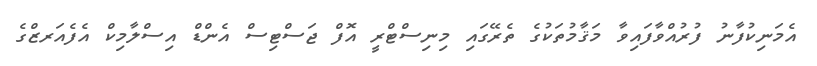
އެމަނިކުފާނު ފުރުއްވާފައިވާ މަޤާމުތަކުގެ ތެރޭގައި މިނިސްޓްރީ އޮފް ޖަސްޓިސް އެންޑް އިސްލާމިކް އެފެއަރޒްގެ